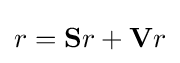
r=\mathbf {S} r+\mathbf {V} r